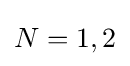
N=1,2